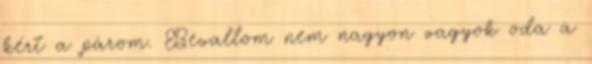
kért a párom. Bevallom nem nagyon vagyok oda a